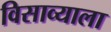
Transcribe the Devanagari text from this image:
विसाव्याला